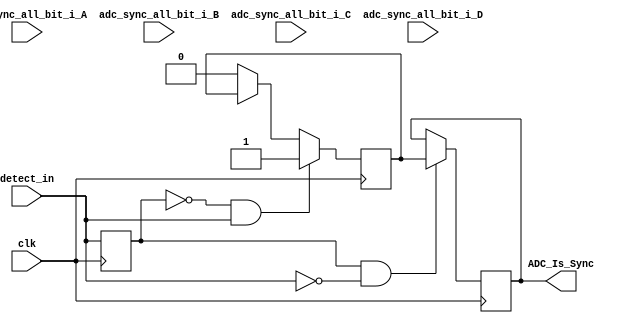
`timescale 1ns / 1ps
//////////////////////////////////////////////////////////////////////////////////
// Company: 
// Engineer: 
// 
// Design Name: 
// Module Name:    adc_sync_check_4_channel 
// Project Name: 
// Target Devices: 
// Tool versions: 
// Description: 
//
// Dependencies: 
//
// Revision: 
// Revision 0.01 - File Created
// Additional Comments: 
//
//////////////////////////////////////////////////////////////////////////////////
module adc_sync_check_4_channel #(
	parameter ADC_DATA_WIDTH = 8,
	parameter PARALLEL_PATH_NUM = 4		//AHAL
	)	

	//*************************************//
	//************ Ports ******************//
	//*************************************//
	
	(
		clk,
		detect_in,
		adc_sync_all_bit_i_A,		//{A4,A3,A2,A1}
		adc_sync_all_bit_i_B,
		adc_sync_all_bit_i_C,
		adc_sync_all_bit_i_D,
		ADC_Is_Sync
	);
	
	//*************************************//
	//*********** localparams *************//
	//*************************************//

	localparam PARALLEL_PATH_NUM_PER_CORE = PARALLEL_PATH_NUM*2;	//HL
	
	//*************************************//
	//************ inputs *****************//
	//*************************************//
	
	input                                                       clk;
	input                                                       detect_in;
	input   [ADC_DATA_WIDTH*PARALLEL_PATH_NUM_PER_CORE-1:0]     adc_sync_all_bit_i_A;
	input   [ADC_DATA_WIDTH*PARALLEL_PATH_NUM_PER_CORE-1:0]     adc_sync_all_bit_i_B;
	input   [ADC_DATA_WIDTH*PARALLEL_PATH_NUM_PER_CORE-1:0]     adc_sync_all_bit_i_C;
	input   [ADC_DATA_WIDTH*PARALLEL_PATH_NUM_PER_CORE-1:0]     adc_sync_all_bit_i_D;
	
	//*************************************//
	//************ outputs ****************//
	//*************************************//
	
	output                                                      ADC_Is_Sync;
	
	//*************************************//
	//************ internal ***************//
	//*************************************//
	
	reg                                                         ADC_Is_Sync_detect_reg;
	reg                                                         ADC_Is_Sync_reg;
	reg                                                         detect_reg;
	reg     [ADC_DATA_WIDTH-1:0]                                adc_sync_reg_A[0:PARALLEL_PATH_NUM_PER_CORE-1];
	reg     [ADC_DATA_WIDTH-1:0]                                adc_sync_reg_B[0:PARALLEL_PATH_NUM_PER_CORE-1];
	reg     [ADC_DATA_WIDTH-1:0]                                adc_sync_reg_C[0:PARALLEL_PATH_NUM_PER_CORE-1];
	reg     [ADC_DATA_WIDTH-1:0]                                adc_sync_reg_D[0:PARALLEL_PATH_NUM_PER_CORE-1];
	wire                                                        Is_sync_condition;
	//*************************************//
	//*********** assign internals ********//
	//*************************************//
	`ifdef FOUR_CHANNEL_1200M	
		assign Is_sync_condition = (adc_sync_reg_A[0]==adc_sync_reg_B[0]) && (adc_sync_reg_B[0]==adc_sync_reg_C[0]) && (adc_sync_reg_C[0]==adc_sync_reg_D[0]);
	`elsif TWO_CHANNEL_2400M
		assign Is_sync_condition = (adc_sync_reg_A[0]==adc_sync_reg_C[0]) && (adc_sync_reg_B[0]==adc_sync_reg_D[0]) && (adc_sync_reg_A[1]==adc_sync_reg_B[0]);
	`elsif ONE_CHANNEL_4800M
		assign Is_sync_condition = (adc_sync_reg_B[0]==adc_sync_reg_C[0]) && (adc_sync_reg_C[0]==adc_sync_reg_D[0]) && (adc_sync_reg_A[1]==adc_sync_reg_B[0]);
	`endif
	

	//*************************************//
	//*********** assign outputs **********//
	//*************************************//
	
	assign ADC_Is_Sync = ADC_Is_Sync_reg;
	
	//*************************************//
	//****** Instantiate the modules ******//
	//*************************************//
	
	//*****  A *****//		
	genvar i;
	generate
	for (i=0;i < PARALLEL_PATH_NUM_PER_CORE; i=i+1) 
	begin: assign_adc_sync_reg_A
		always @(posedge clk)
		begin
			adc_sync_reg_A[i] <= adc_sync_all_bit_i_A[((i+1)*ADC_DATA_WIDTH-1):i*ADC_DATA_WIDTH];
		end	
	end
	endgenerate
	
	//*****  B *****//		
	generate
	for (i=0;i < PARALLEL_PATH_NUM_PER_CORE; i=i+1) 
	begin: assign_adc_sync_reg_B
		always @(posedge clk)
		begin
			adc_sync_reg_B[i] <= adc_sync_all_bit_i_B[((i+1)*ADC_DATA_WIDTH-1):i*ADC_DATA_WIDTH];
		end	
	end
	endgenerate
	
	//*****  C *****//
	generate
	for (i=0;i < PARALLEL_PATH_NUM_PER_CORE; i=i+1) 
	begin: assign_adc_sync_reg_C
		always @(posedge clk)
		begin
			adc_sync_reg_C[i] <= adc_sync_all_bit_i_C[((i+1)*ADC_DATA_WIDTH-1):i*ADC_DATA_WIDTH];
		end	
	end
	endgenerate
	
	//*****  D *****//
	generate
	for (i=0;i < PARALLEL_PATH_NUM_PER_CORE; i=i+1) 
	begin: assign_adc_sync_reg_D
		always @(posedge clk)
		begin
			adc_sync_reg_D[i] <= adc_sync_all_bit_i_D[((i+1)*ADC_DATA_WIDTH-1):i*ADC_DATA_WIDTH];
		end	
	end
	endgenerate
	
	//***** dectec *****//
	always @(posedge clk)
	begin
		detect_reg <= detect_in;
	end
	
	//***** dectec_in *****//	
	always @(posedge clk)
	begin
		if ((detect_reg==1'b0) && (detect_in==1'b1))		//rising edge
		begin
			ADC_Is_Sync_detect_reg <= 1'b1;		//
		end
		else if (Is_sync_condition==1'b1)
				ADC_Is_Sync_detect_reg <= ADC_Is_Sync_detect_reg;	//
			else 
				ADC_Is_Sync_detect_reg <= 1'b0;
	end

	//***** dectec_in *****//	
	always @(posedge clk)
	begin
		if ((detect_reg==1'b1) && (detect_in==1'b0))		//falling edge
		begin
			ADC_Is_Sync_reg <= ADC_Is_Sync_detect_reg;
		end
		else
		begin
			ADC_Is_Sync_reg <= ADC_Is_Sync_reg;
		end
	end
	
endmodule